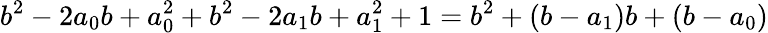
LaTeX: b^{2}-2a_{0}b+a_{0}^{2}+b^{2}-2a_{1}b+a_{1}^{2}+1=b^{2}+(b-a_{1})b+(b-a_{0})